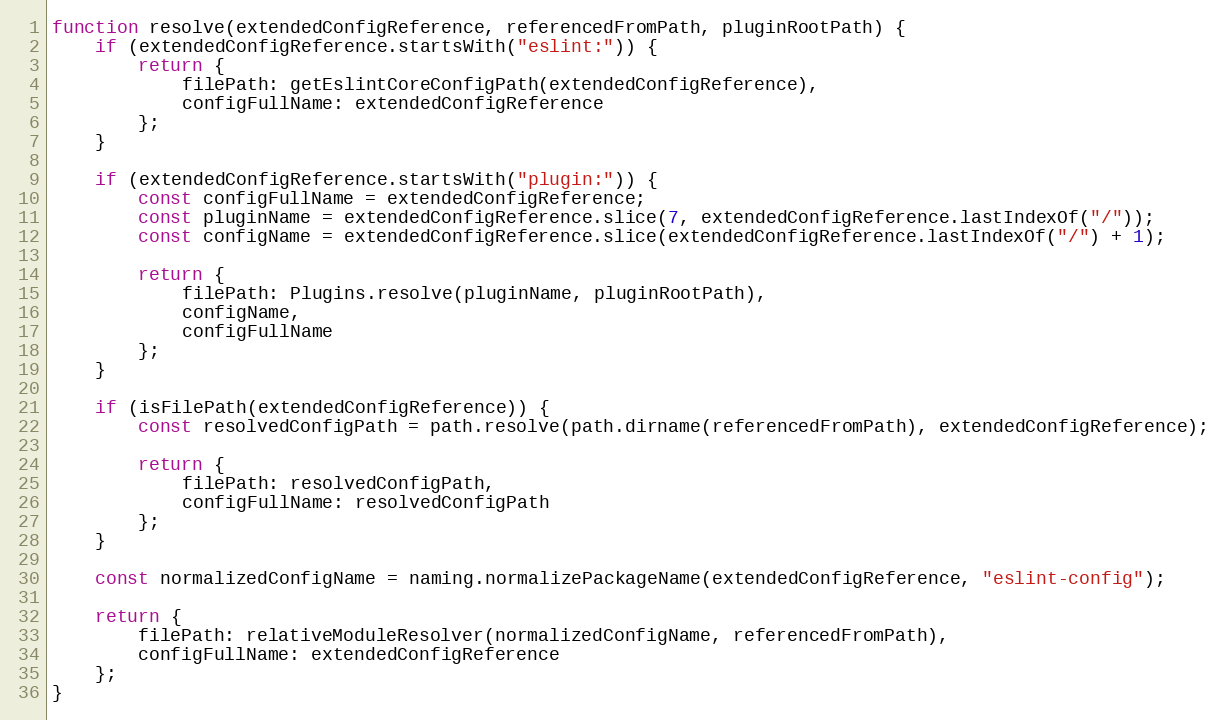
Language: JavaScript
function resolve(extendedConfigReference, referencedFromPath, pluginRootPath) {
    if (extendedConfigReference.startsWith("eslint:")) {
        return {
            filePath: getEslintCoreConfigPath(extendedConfigReference),
            configFullName: extendedConfigReference
        };
    }

    if (extendedConfigReference.startsWith("plugin:")) {
        const configFullName = extendedConfigReference;
        const pluginName = extendedConfigReference.slice(7, extendedConfigReference.lastIndexOf("/"));
        const configName = extendedConfigReference.slice(extendedConfigReference.lastIndexOf("/") + 1);

        return {
            filePath: Plugins.resolve(pluginName, pluginRootPath),
            configName,
            configFullName
        };
    }

    if (isFilePath(extendedConfigReference)) {
        const resolvedConfigPath = path.resolve(path.dirname(referencedFromPath), extendedConfigReference);

        return {
            filePath: resolvedConfigPath,
            configFullName: resolvedConfigPath
        };
    }

    const normalizedConfigName = naming.normalizePackageName(extendedConfigReference, "eslint-config");

    return {
        filePath: relativeModuleResolver(normalizedConfigName, referencedFromPath),
        configFullName: extendedConfigReference
    };
}